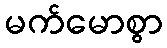
မက်မောစွာ